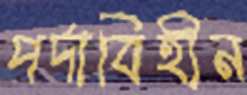
পর্দাবিহীন